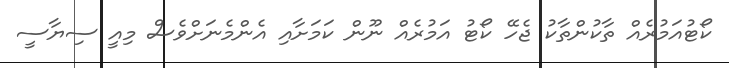
ކޯޓުއަމުރެއް ތާކުންތާކު ޖެހޭ ކޯޓު އަމުރެއް ނޫން ކަމަށާއި އެންމެނަށްވެސް މިއީ ސިޔާސީ